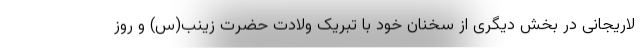
لاریجانی در بخش دیگری از سخنان خود با تبریک ولادت حضرت زینب(س) و روز